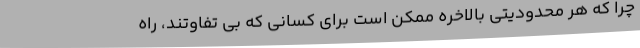
چرا که هر محدودیتی بالاخره ممکن است برای کسانی که بی تفاوتند، راه